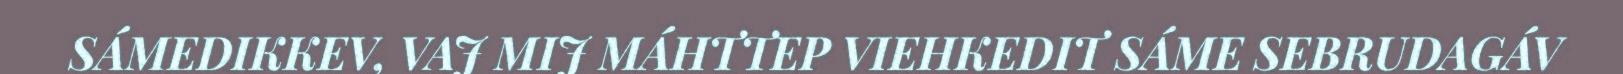
SÁMEDIKKEV, VAJ MIJ MÁHTTEP VIEHKEDIT SÁME SEBRUDAGÁV